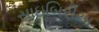
સાઇબિરીયા